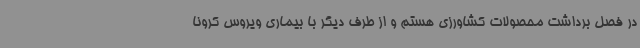
در فصل برداشت محصولات کشاورزی هستم و از طرف دیگر با بیماری ویروس کرونا